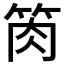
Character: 𥭊